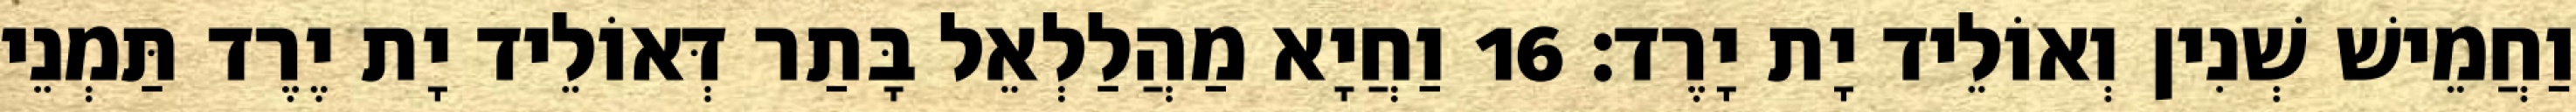
וַחֲמֵישׁ שְׁנִין וְאוֹלֵיד יָת יָרֶד׃ 16 וַחֲיָא מַהֲלַלְאֵל בָּתַר דְּאוֹלֵיד יָת יֶרֶד תַּמְנֵי